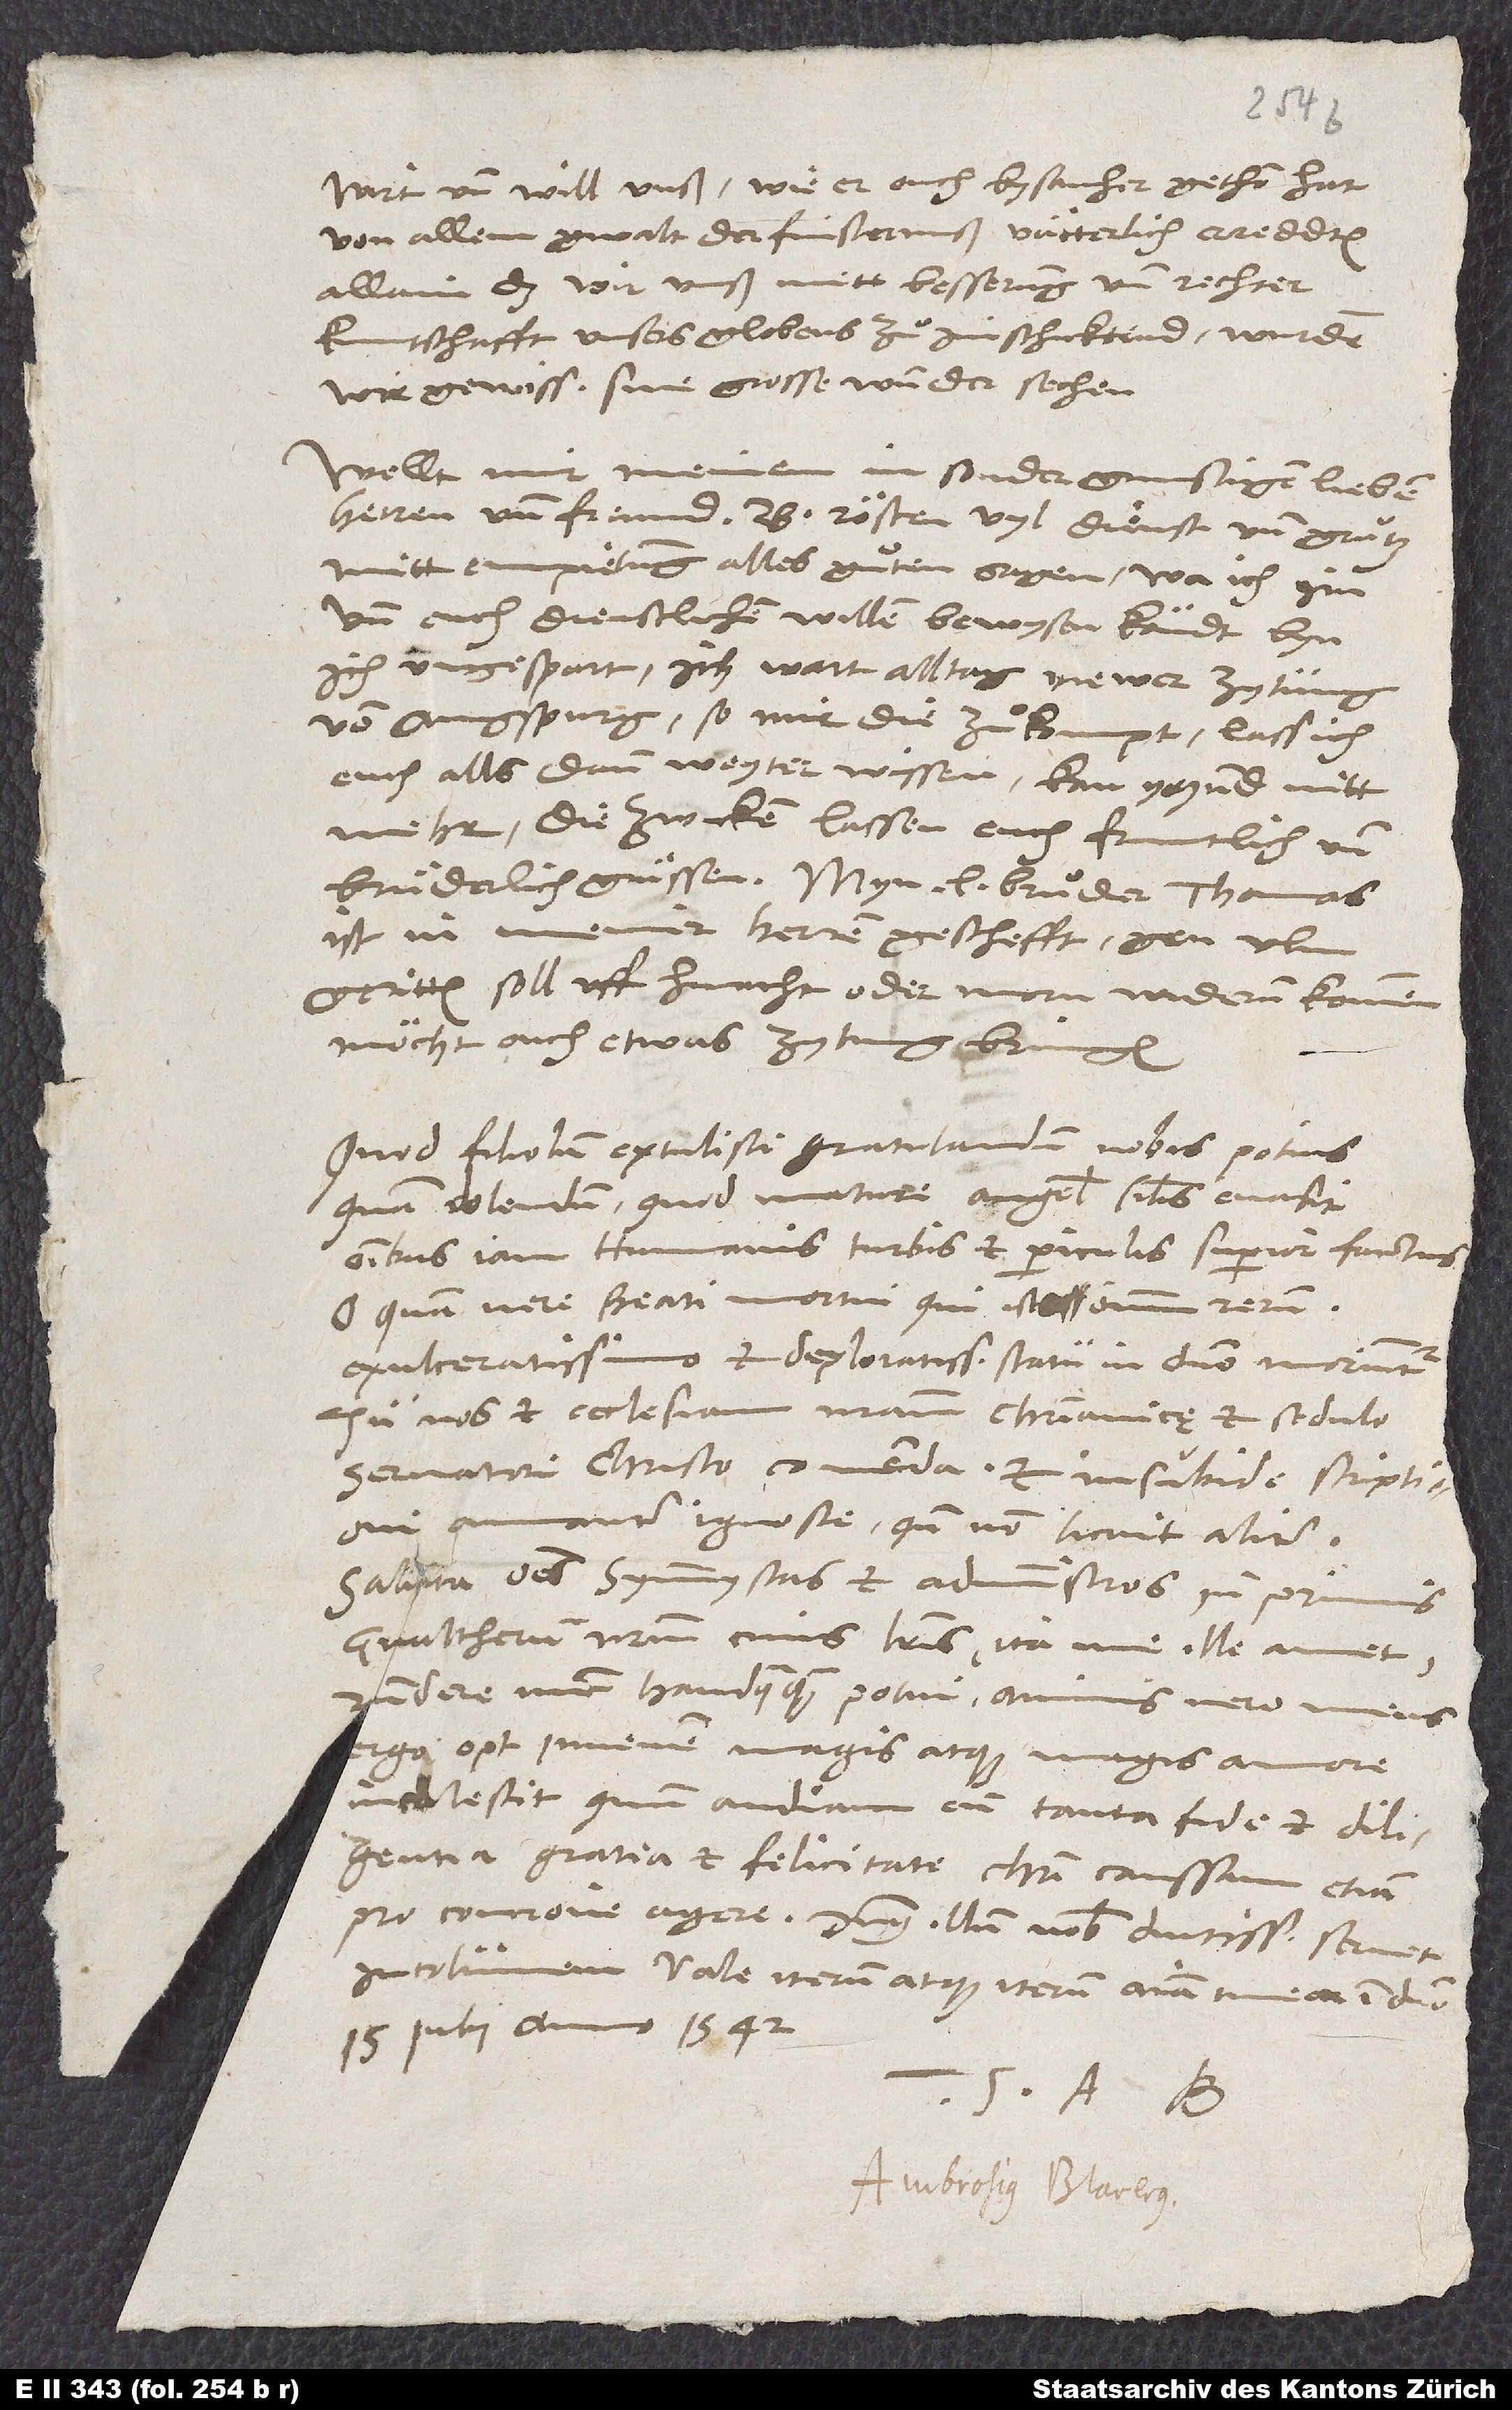
wirt und will unß, wie er ouch bysanher gethon hat,
von allem gwalt der finsternuß vätterlich ereddten;
allain das wir unß mitt besserung und rechter
kuntschafft unsers globens zuͦ im schicktind, wurden
wir gewiss sine grosse wunder sechen.
Wellt mir meinem insunder gunstigen, lieben
herren und freund b Rösten vyl dienst und gruͦtz
mitt empietung alles guͦten sagen. Wa ich im
und euch dienstlichen willen bewysen köndt, byn
ich ungespart. Ich wart all tag nuwer zytung
von Augspurg; so mir die zuͦkompt, lass ich
euch als dann weyter wissen. Kan yetzund nitt
Die Zwicken lassen euch fruntlich und
brüderlich grüssen. Min lieber bruͦder Thomas
ist in meiner herren geschefft gen Ulm
geritten, soll uff hinacht oder morn widerum kommen;
möcht ouch etwas zytung bringen.
Quod filiolum extulisti, gratulandum nobis potius
quam dolendum, quod mature angelis similis evasit
omnibus iam humanis turbis et periculis superior factus.
O quam vere beati mortui, qui isto omnium rerum
exulceratissimo et deploratissimo statu in domino moriuntur!
Tu nos et ecclesiam nostram christianice et sedulo
servatori Christo commenda et insubidę scriptioni
amanter ignosce, quando non licuit aliter.
Saluta omnes symmystas et administros, inprimis
Gvaltherum nostrum, cuius literis, ita me ille amet,
respondere nunc haudquaquam potui; animus vero meus
erga optimum iuvenem magis atque magis amore
incalescit, quum audiam eum tanta fide et diligentia,
gratia et felicitate Christi caussam etiam
pro concione agere. Dominus illum nobis diutissime servet
incolumem. Vale iterum atque iterum, anima mea in domino.
15. iulii anno 1542.
Tuus A. B.